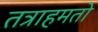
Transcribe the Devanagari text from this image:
तत्राहमतो